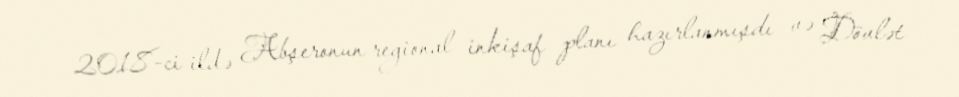
2018-ci ildə Abşeronun regional inkişaf planı hazırlanmışdı və Dövlət